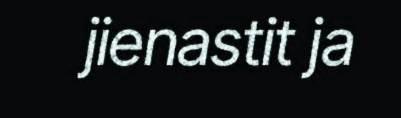
jienastit ja